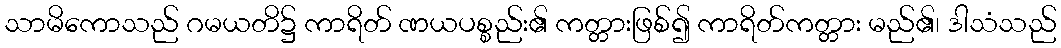
သာမိကောသည် ဂမယတိ၌ ကာရိတ် ဏယပစ္စည်း၏ ကတ္တားဖြစ်၍ ကာရိတ်ကတ္တား မည်၏၊ ဒါသံသည်